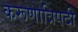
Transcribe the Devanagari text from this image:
करूणात्रिपदी